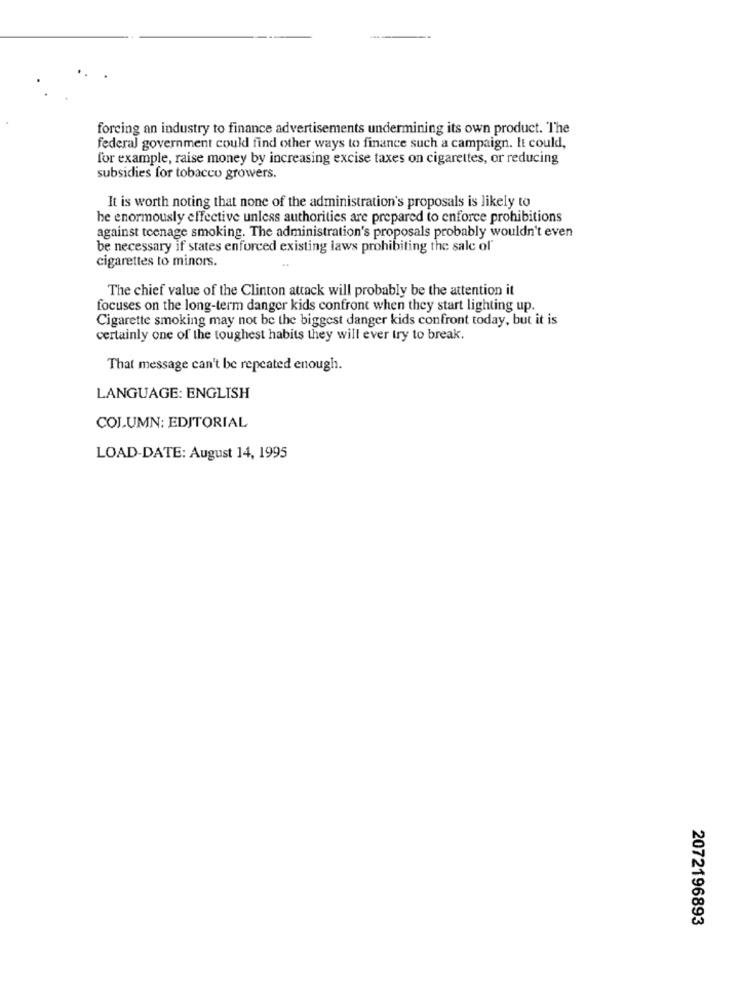
forcing an industry to finance advertisements undermining its own product. The
federal government could find other ways to finance such a campaign. It could,
for example, raise money by increasing excise taxes on cigarettes, or reducing
subsidies for tobacco growers.
It is worth noting that none of the administration's proposals is likely to
he enormously effective unless authorities are prepared to enforce prohibitions
against teenage smoking. The administration's proposals probably wouldn't even
be necessary if states enforced existing laws prohibiting the sale of
cigarettes to minors.
The chief value of the Clinton attack will probably be the attention it
focuses on the long-term danger kids confront when they start lighting up.
Cigarette smoking may not be the biggest danger kids confront today, but it is
certainly one of the toughest habits they will ever try to break.
That message can't be repeated enough.
LANGUAGE: ENGLISH
COLUMN: EDITORIAL
LOAD-DATE: August 14, 1995
2072196893